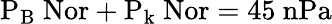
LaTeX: \mathrm{P_{B}\ Nor+P_{k}\ Nor=45\ nPa}